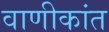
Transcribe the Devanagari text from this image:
वाणीकांत